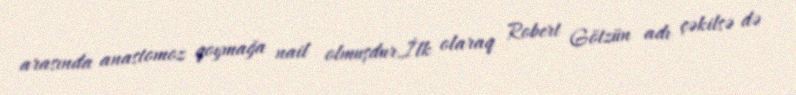
arasında anastomoz qoymağa nail olmuşdur.İlk olaraq Robert Götzün adı çəkilsə də